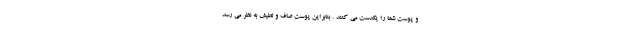
و پوست شما را یکدست می کنند . بنابراین پوست صاف و لطیف به نظر می رسد